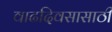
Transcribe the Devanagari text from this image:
वाढदिवसासाठी